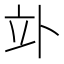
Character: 𥩖